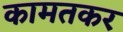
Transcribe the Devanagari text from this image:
कामतकर